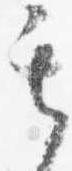
其